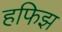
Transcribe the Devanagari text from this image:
हफिझ